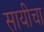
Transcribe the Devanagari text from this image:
सायीचा